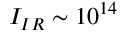
I _ { I R } \sim 1 0 ^ { 1 4 }